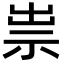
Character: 祟